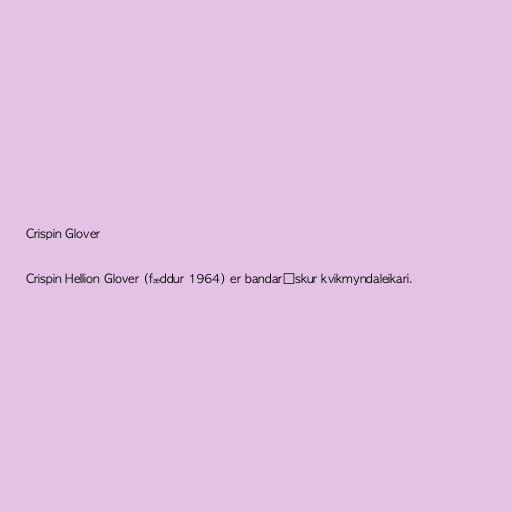
Crispin Glover

Crispin Hellion Glover (fæddur 1964) er bandarískur kvikmyndaleikari.